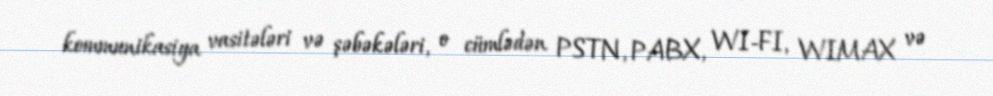
kommunikasiya vasitələri və şəbəkələri, o cümlədən PSTN, PABX, WI-FI, WIMAX və